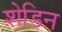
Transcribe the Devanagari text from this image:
शेडिन